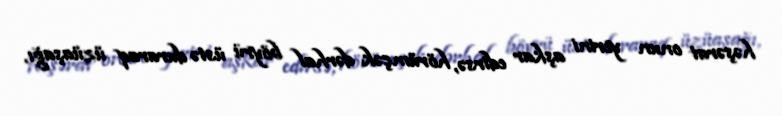
həşərat onun yerini aşkar edirsə, hörümçək dərhal böyrü üstə duraraq üzüaşağı,